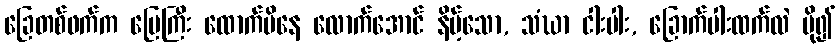
ခြေတစ်ဖက်က မြေကြီး ထောက်မိနေ လောက်အောင် နိမ့်သော, သံဃာ ငါးပါး, ခြောက်ပါးထက်လဲ ပို၍